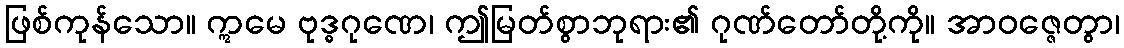
ဖြစ်ကုန်သော။ ဣမေ ဗုဒ္ဓဂုဏေ၊ ဤမြတ်စွာဘုရား၏ ဂုဏ်တော်တို့ကို။ အာဝဇ္ဇေတွာ၊